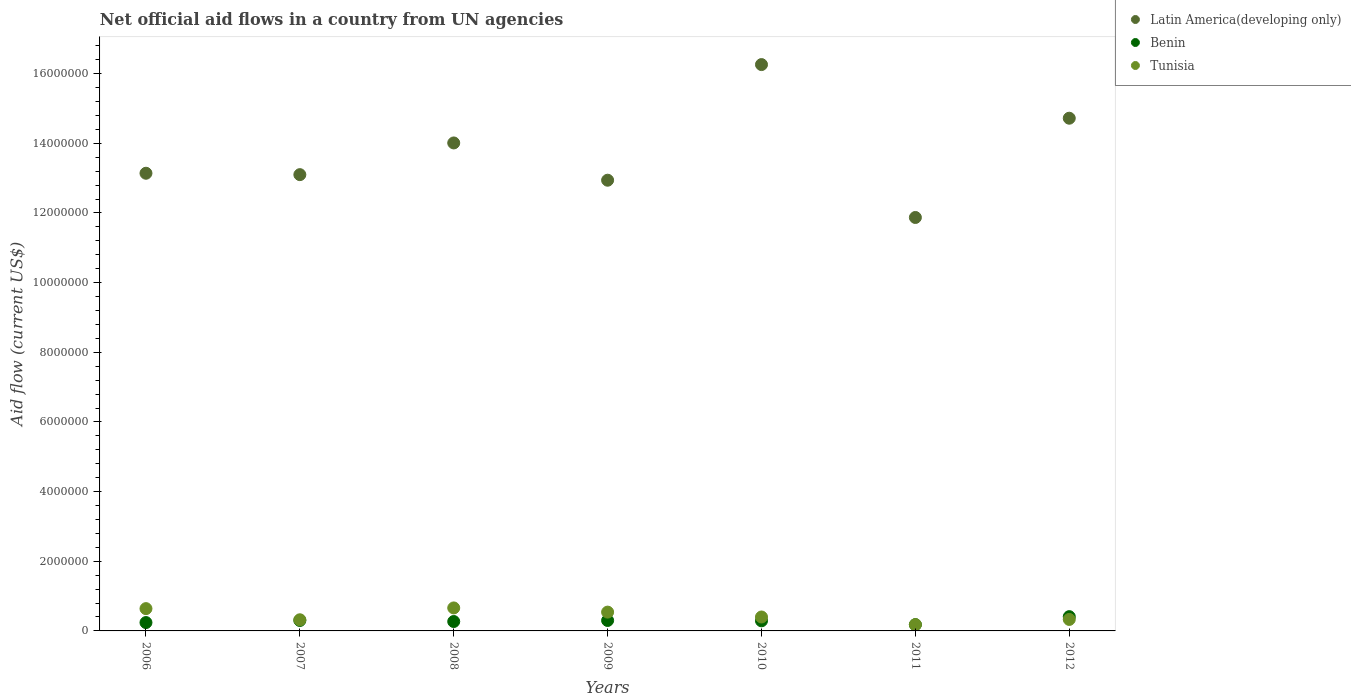
| Years | Latin America(developing only) | Benin | Tunisia |
 | --- | --- | --- | --- |
 | 2006 | 1.31e+07 | 2.4e+05 | 6.4e+05 |
 | 2007 | 1.31e+07 | 3e+05 | 3.2e+05 |
 | 2008 | 1.4e+07 | 2.7e+05 | 6.6e+05 |
 | 2009 | 1.29e+07 | 3e+05 | 5.4e+05 |
 | 2010 | 1.63e+07 | 2.9e+05 | 4e+05 |
 | 2011 | 1.19e+07 | 1.8e+05 | 1.8e+05 |
 | 2012 | 1.47e+07 | 4.1e+05 | 3.3e+05 |